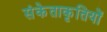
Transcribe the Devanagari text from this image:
संकेताकृतियों